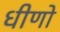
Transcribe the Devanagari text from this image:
धीणो